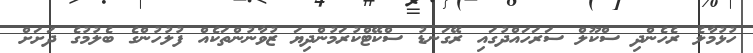
ހުޅުމާލެ ރެހެންދި ސްކޫލް ސަރަހައްދުގައި ރޭގަނޑު ސްކޭޓްކުރަމުންދިޔަ ޒުވާނުންތަކެއް ފުލުހުންގެ ބެލުމުގެ ދަށަށް